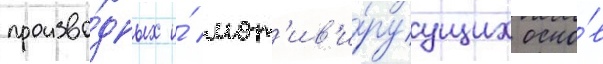
произво́дных и́ мот'ив'и́руущих осно́в